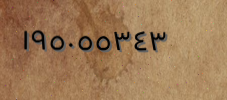
١٩٥٠٥٥٣٤٣